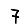
Digit: 7